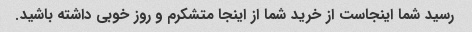
رسید شما اینجاست از خرید شما از اینجا متشکرم و روز خوبی داشته باشید.